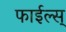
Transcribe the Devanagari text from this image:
फाईल्स्